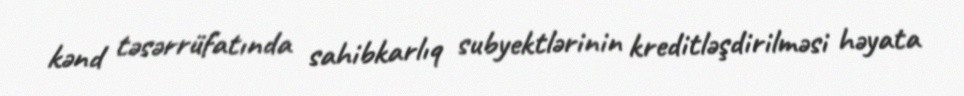
kənd təsərrüfatında sahibkarlıq subyektlərinin kreditləşdirilməsi həyata